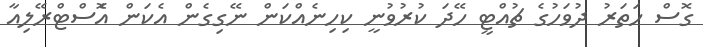
ގޮސް ހަތަރު ދުވަހުގެ ޗުއްޓީ ހޭދަ ކުރުވުނީ ކިހިނެއްކަން ނޭގިގެން އެކަން އެޮސްޓްރޭލިއާ